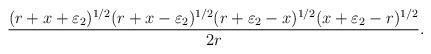
LaTeX: \begin{align*}&\frac{(r+x+\varepsilon_2)^{1/2}(r+x-\varepsilon_2)^{1/2}(r+\varepsilon_2-x)^{1/2}(x+\varepsilon_2-r)^{1/2}}{2r}.\end{align*}